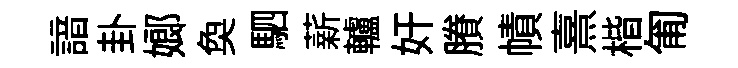
諳卦嫏奐駟薪轤奸賸幘熹楷匍